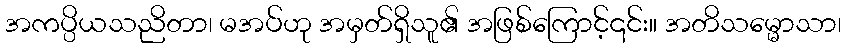
အကပ္ပိယသညိတာ၊ မအပ်ဟု အမှတ်ရှိသူ၏ အဖြစ်ကြောင့်၎င်း။ အတိသမ္မောသာ၊